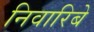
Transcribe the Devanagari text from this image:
निवारिबे